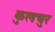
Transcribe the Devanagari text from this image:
कुलचुर